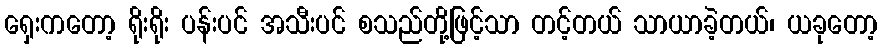
ရှေးကတော့ ရိုးရိုး ပန်းပင် အသီးပင် စသည်တို့ဖြင့်သာ တင့်တယ် သာယာခဲ့တယ်၊ ယခုတော့